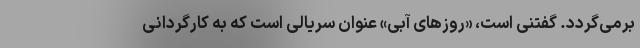
برمی‌گردد. گفتنی است، «روزهای آبی» عنوان سریالی است که به کارگردانی